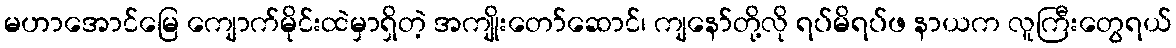
မဟာအောင်မြေ ကျောက်မိုင်းထဲမှာရှိတဲ့ အကျိုးတော်ဆောင်၊ ကျနော်တို့လို ရပ်မိရပ်ဖ နာယက လူကြီးတွေရယ်